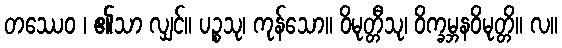
တဿေဝ ၊ ၏သာ လျှင်။ ပဉ္စသု၊ ကုန်သော။ ဝိမုတ္တီသု၊ ဝိက္ခမ္ဘနဝိမုတ္တိ။ လ။